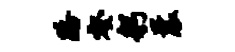
路壑躬曩